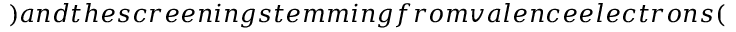
) a n d t h e s c r e e n i n g s t e m m i n g f r o m v a l e n c e e l e c t r o n s (